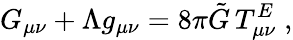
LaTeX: G_{\mu\nu}+\Lambda g_{\mu\nu}=8\pi\tilde{G}\, T_{\mu\nu}^{E}\; ,